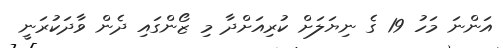
އަންނަ މަހު 19 ގެ ނިޔަލަށް ކުރިއަށްދާ މި ޒޯންގައި ދެން ވާދަކުރަނީ